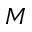
M